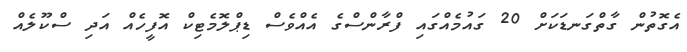
އެގޮތުން ގާތްގަނޑަކަށް 20 ގައުމެއްގައި ފްރާންސްގެ އެއްވެސް ޑިޕްލޮމެޓިކް އޮފީހެއް އަދި ސްކޫލެއް